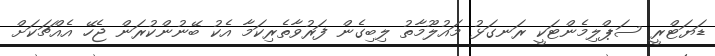
ޑަޔަޓްރީ ސަޕްލިމެންޓަކީ ރަނގަޅު މައުލޫމާތު ލިބިގެން ފަރުވާތެރިކަމާ އެކު ބޭނުންކުރަން ޖެހޭ އެއްޗަކަށް